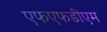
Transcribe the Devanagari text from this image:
एफएफडीएम